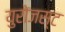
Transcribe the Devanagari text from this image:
युरोजस्ट